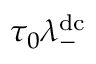
\tau _ { 0 } \lambda _ { - } ^ { \mathrm { d c } }